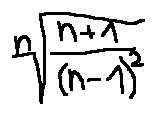
\sqrt [ n ] { \frac { n + 1 } { ( n - 1 ) ^ { 2 } } }